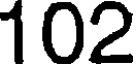
102